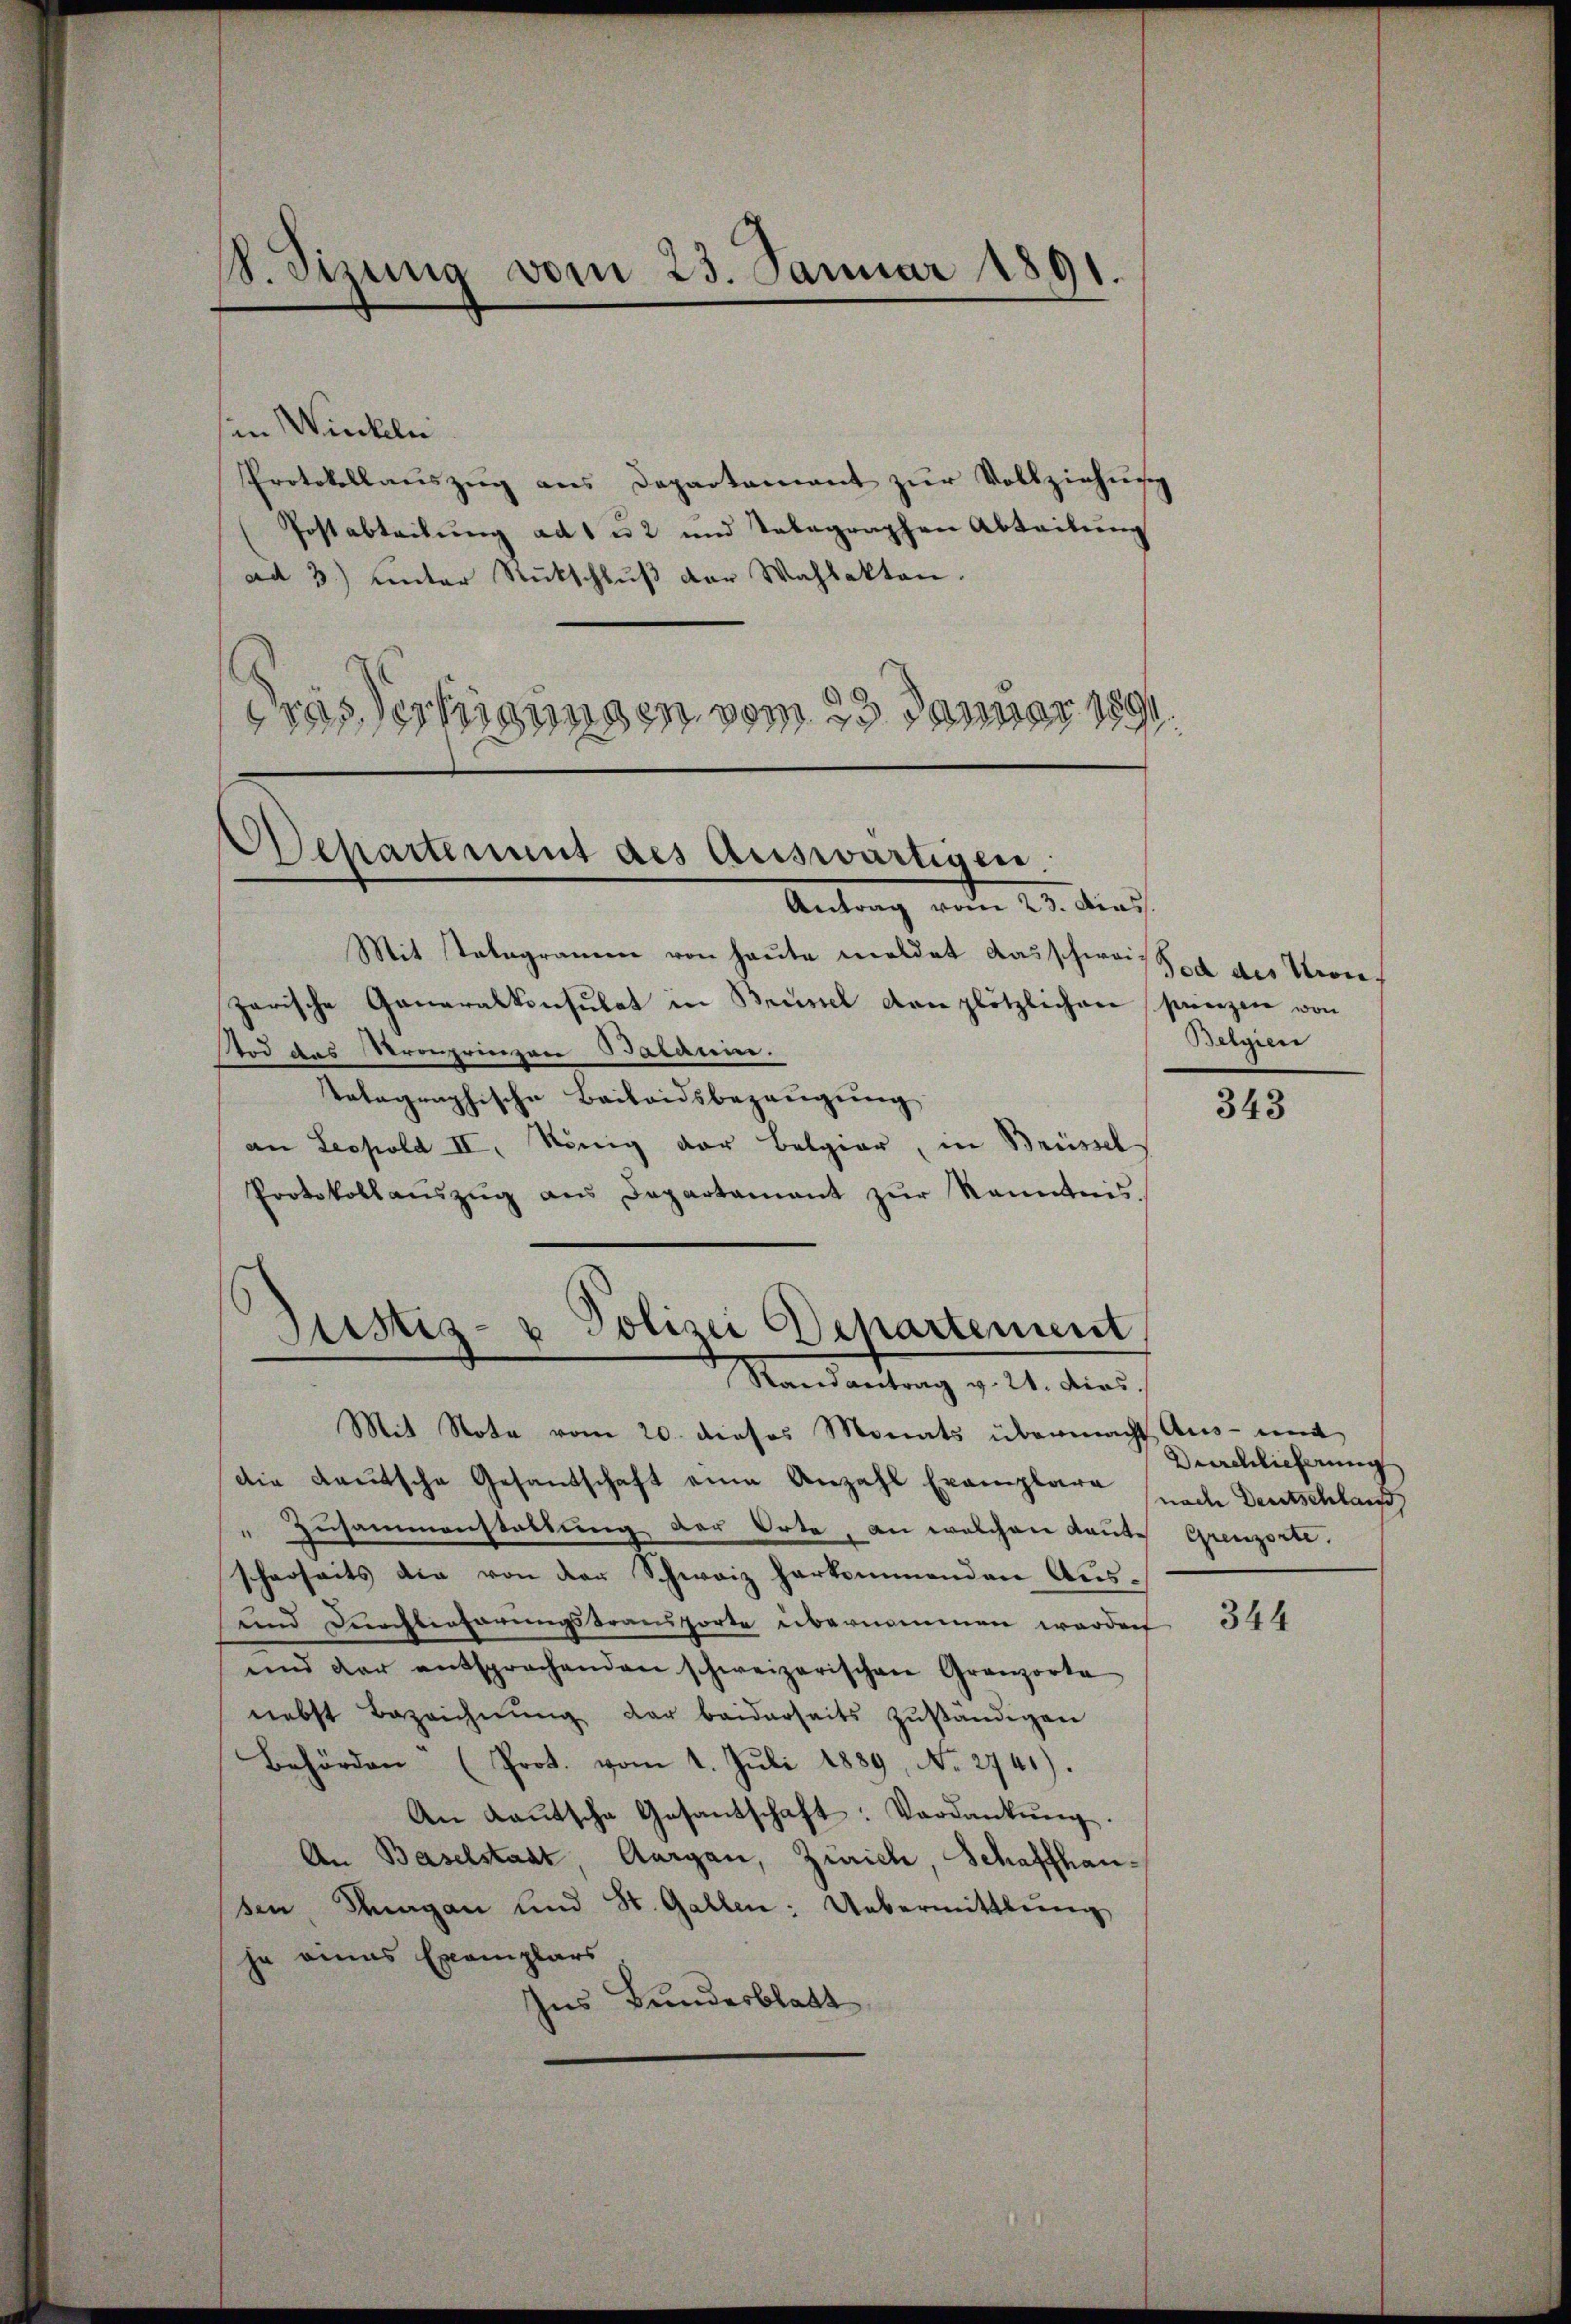
S. Tizina vom 23. Januar 1891.

Departement des Auswärtigen.
Antrag vom 23. Dies

in Winkle
Protokollaŭszŭg ans Departement zŭr Vollziehŭng
Postabteilŭng ad 1 u 2 und Tabagraphen Abteilŭng
ad 3.) unter Rückschluß der Wahlakten.
C
drassertigungen vom 23. Januar 1891
2

Mit Salagramen von heute meldet das schweist
zarische Ganaralkonsulat in Brüssel der plötzlichen Prinzen von
Tod das Kronprinzen Batanin.
tolographische Bailandsbezeugung
an Leopold II, König der Belgier, in Brüssel
Protokollaŭszŭg aŭs Departament zŭr Kenntnis.
Mit Note vom 20. dieses Monats übermacht Aus- mit
die Kautsche Gesandschaft eine Anzahl Exemplara
"Zusammenstaltung der Orte, an welchen Kaute Grenzorte.
scherheits die von der Schweiz herkommenden Aus¬
und Durchterfarungstransporte übernommen worden
und der entsprochenden schweizerischen Granzorte
nebst Bezeichnŭng der beiderseits zŭständigen
Behörden (Prot. vom 1. Juli 1889, No. 2741).
An Laŭtsche Gesantschaft: Verdankŭng.
An Baselstadt, Aargau, Zürich, Schaffhausen Thurgau und St. Gallen: Uebermittlung
ja eines Exemplars
hus Bundesblatt

Justiz- & Polizei Departement
Mandantrag v. 21. dies

Tod des Krone.
Bergien

343

Durchlieferung
nach Deutschlauf

344